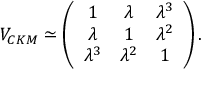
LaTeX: V _ { C K M } \simeq \left( \begin{array} { c c c } { { 1 } } & { { \lambda } } & { { \lambda ^ { 3 } } } \\ { { \lambda } } & { { 1 } } & { { \lambda ^ { 2 } } } \\ { { \lambda ^ { 3 } } } & { { \lambda ^ { 2 } } } & { { 1 } } \end{array} \right) .